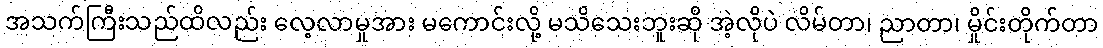
အသက်ကြီးသည်ထိလည်း လေ့လာမှုအား မကောင်းလို့ မသိသေးဘူးဆို အဲ့လိုပဲ လိမ်တာ၊ ညာတာ၊ မှိုင်းတိုက်တာ